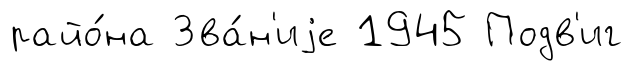
райо́на Зва́н'иjе 1945 Подв'иг